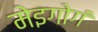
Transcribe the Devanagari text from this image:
मेइगोगं